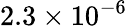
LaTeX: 2.3\times 10^{-6}